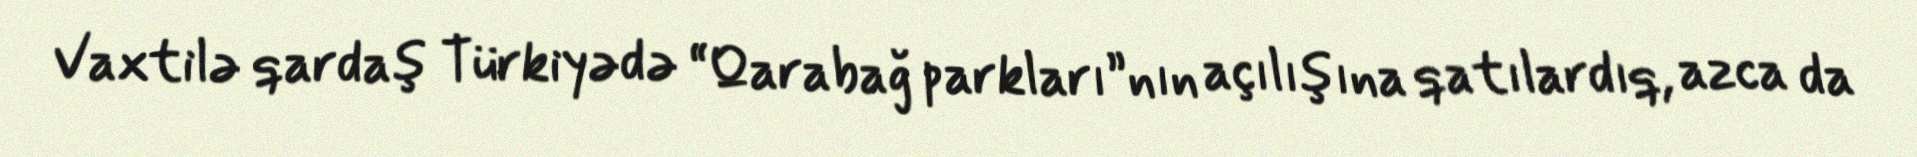
Vaxtilə qardaş Türkiyədə “Qarabağ parkları”nın açılışına qatılardıq, azca da